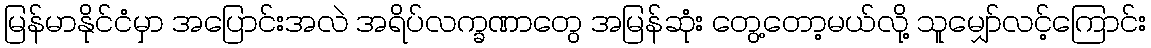
မြန်မာနိုင်ငံမှာ အပြောင်းအလဲ အရိပ်လက္ခဏာတွေ အမြန်ဆုံး တွေ့တော့မယ်လို့ သူမျှော်လင့်ကြောင်း